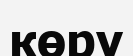
көру